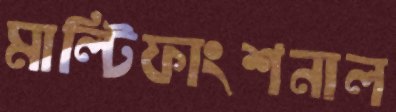
মাল্টিফাংশনাল